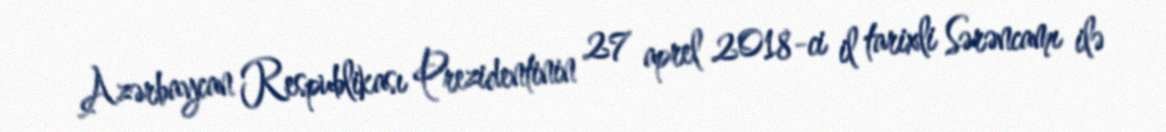
Azərbaycan Respublikası Prezidentinin 27 aprel 2018-ci il tarixli Sərəncamı ilə